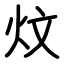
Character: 炆